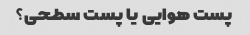
پست هوایی یا پست سطحی؟